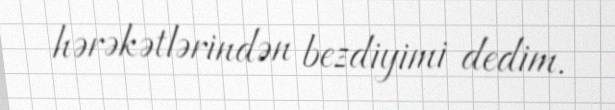
hərəkətlərindən bezdiyimi dedim.